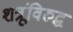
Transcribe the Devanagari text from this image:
शत्रूंविरुद्ध